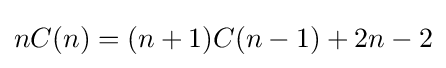
nC(n)=(n+1)C(n-1)+2n-2